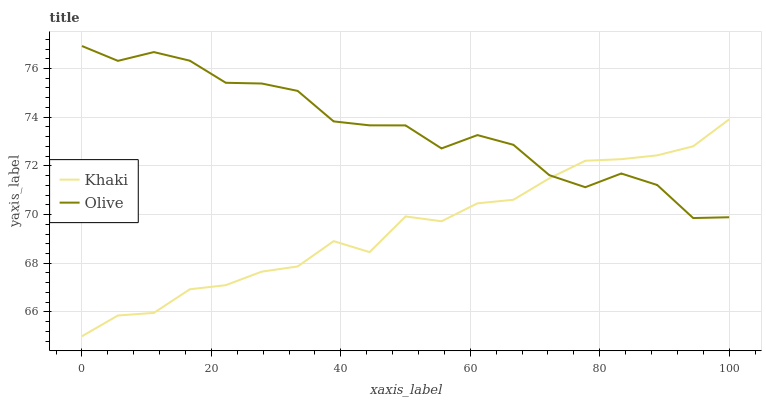
| xaxis_label | Khaki | Olive |
 | --- | --- | --- |
 | 0 | 65 | 76.9 |
 | 5.56 | 65.9 | 76.3 |
 | 11.1 | 66 | 76.7 |
 | 16.7 | 66.9 | 76.3 |
 | 22.2 | 67.1 | 75.4 |
 | 27.8 | 67.7 | 75.4 |
 | 33.3 | 67.9 | 75.1 |
 | 38.9 | 68.9 | 73.8 |
 | 44.4 | 68.5 | 73.7 |
 | 50 | 69.9 | 73.7 |
 | 55.6 | 69.7 | 72.7 |
 | 61.1 | 70.5 | 73.3 |
 | 66.7 | 70.6 | 72.9 |
 | 72.2 | 71.5 | 71.6 |
 | 77.8 | 72.2 | 71.1 |
 | 83.3 | 72.3 | 71.7 |
 | 88.9 | 72.4 | 71.2 |
 | 94.4 | 72.8 | 69.9 |
 | 100 | 73.9 | 69.9 |